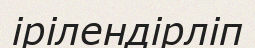
ірілендірліп